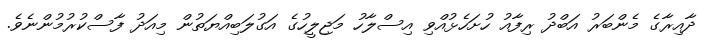
ދާއިރާގެ މެންބަރު އަބްދު ރިފާއު ހުށަހެޅުއްވި އިސްލާހު މަޖިލީހުގެ އަގުލަބިއްޔަތުން މިއަދު ފާސްކުރުމުންނެވެ.